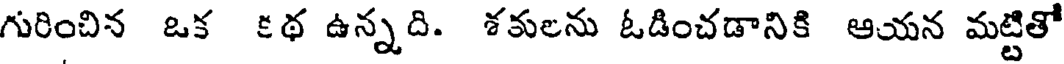
గురించిన ఒక కథ ఉన్నది. శకులను ఓడించడానికి ఆయన మట్టితో